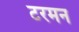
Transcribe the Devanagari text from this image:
टरमन